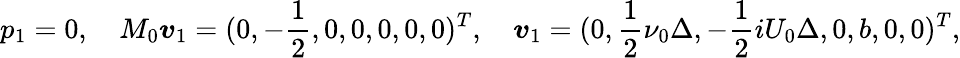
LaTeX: p_{1}=0,\quad M_{0}\boldsymbol{v}_{1}=(0,-\frac{1}{2},0,0,0,0,0)^{T},\quad\boldsymbol{v}_{1}=(0,\frac{1}{2}\nu_{0}\Delta,-\frac{1}{2}iU_{0}\Delta,0,b,0,0)^{T},